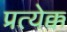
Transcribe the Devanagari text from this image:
प्रत्येक्क